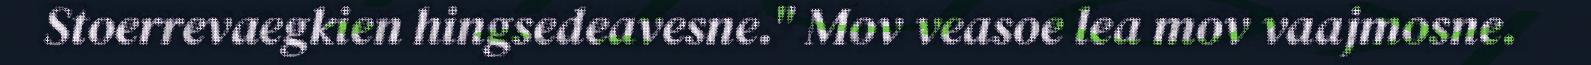
Stoerrevaegkien hingsedeavesne." Mov veasoe lea mov vaajmosne.